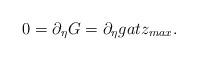
LaTeX: \begin{align*}0=\partial_\eta G=\partial_\eta gat z_{max}.\end{align*}